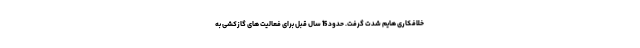
خلافکاری هایم شدت گرفت. حدود 15 سال قبل برای فعالیت های گازکشی به